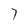
Character: 7